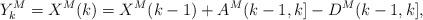
LaTeX: \begin{align*}Y^M_k = X^M(k) = X^M(k-1) + A^M(k-1,k]-D^M(k-1,k],\end{align*}